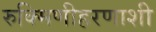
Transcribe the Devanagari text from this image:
रुक्मिणीहरणाशी